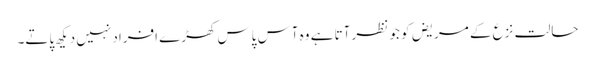
حالت نزع کے مریض کو جو نظر آتا ہے وہ آس پاس کھڑے افراد نہیں دیکھ پاتے۔